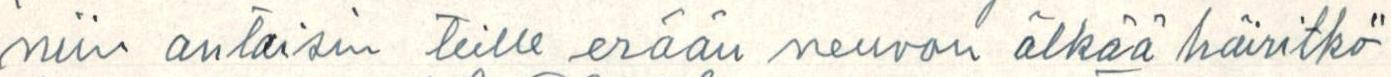
niin antaisin teille erään neuvon älkää häiritkö